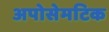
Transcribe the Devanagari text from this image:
अपोसेमटिक